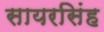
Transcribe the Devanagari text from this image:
सायरसिंह